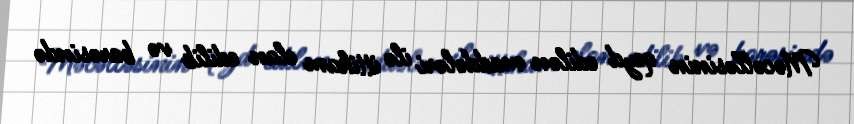
Məcəlləsinin qeyd edilən maddələri ilə ittiham elan edilib və barəsində